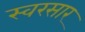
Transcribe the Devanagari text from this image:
स्वरसार